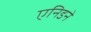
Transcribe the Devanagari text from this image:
एनिडने